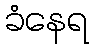
ခံနေရ